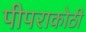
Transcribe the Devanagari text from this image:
पीपराकोठी